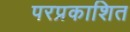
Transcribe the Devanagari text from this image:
परप्रकाशित